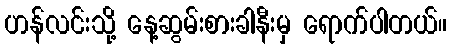
ဟန်လင်းသို့ နေ့ဆွမ်းစားခါနီးမှ ရောက်ပါတယ်။